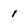
Character: 1